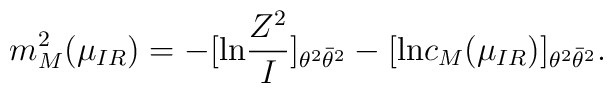
m^2_M(\mu_{IR}) = -[\mbox{ln} \frac{Z^2}{I}]_{\theta^2 \bar{\theta}^2} - [\mbox{ln} c_M(\mu_{IR})]_{\theta^2 \bar{\theta}^2}.